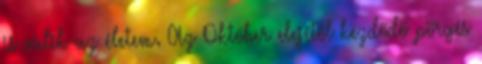
is válik az életem. Az Október elejétől kezdődő pörgés